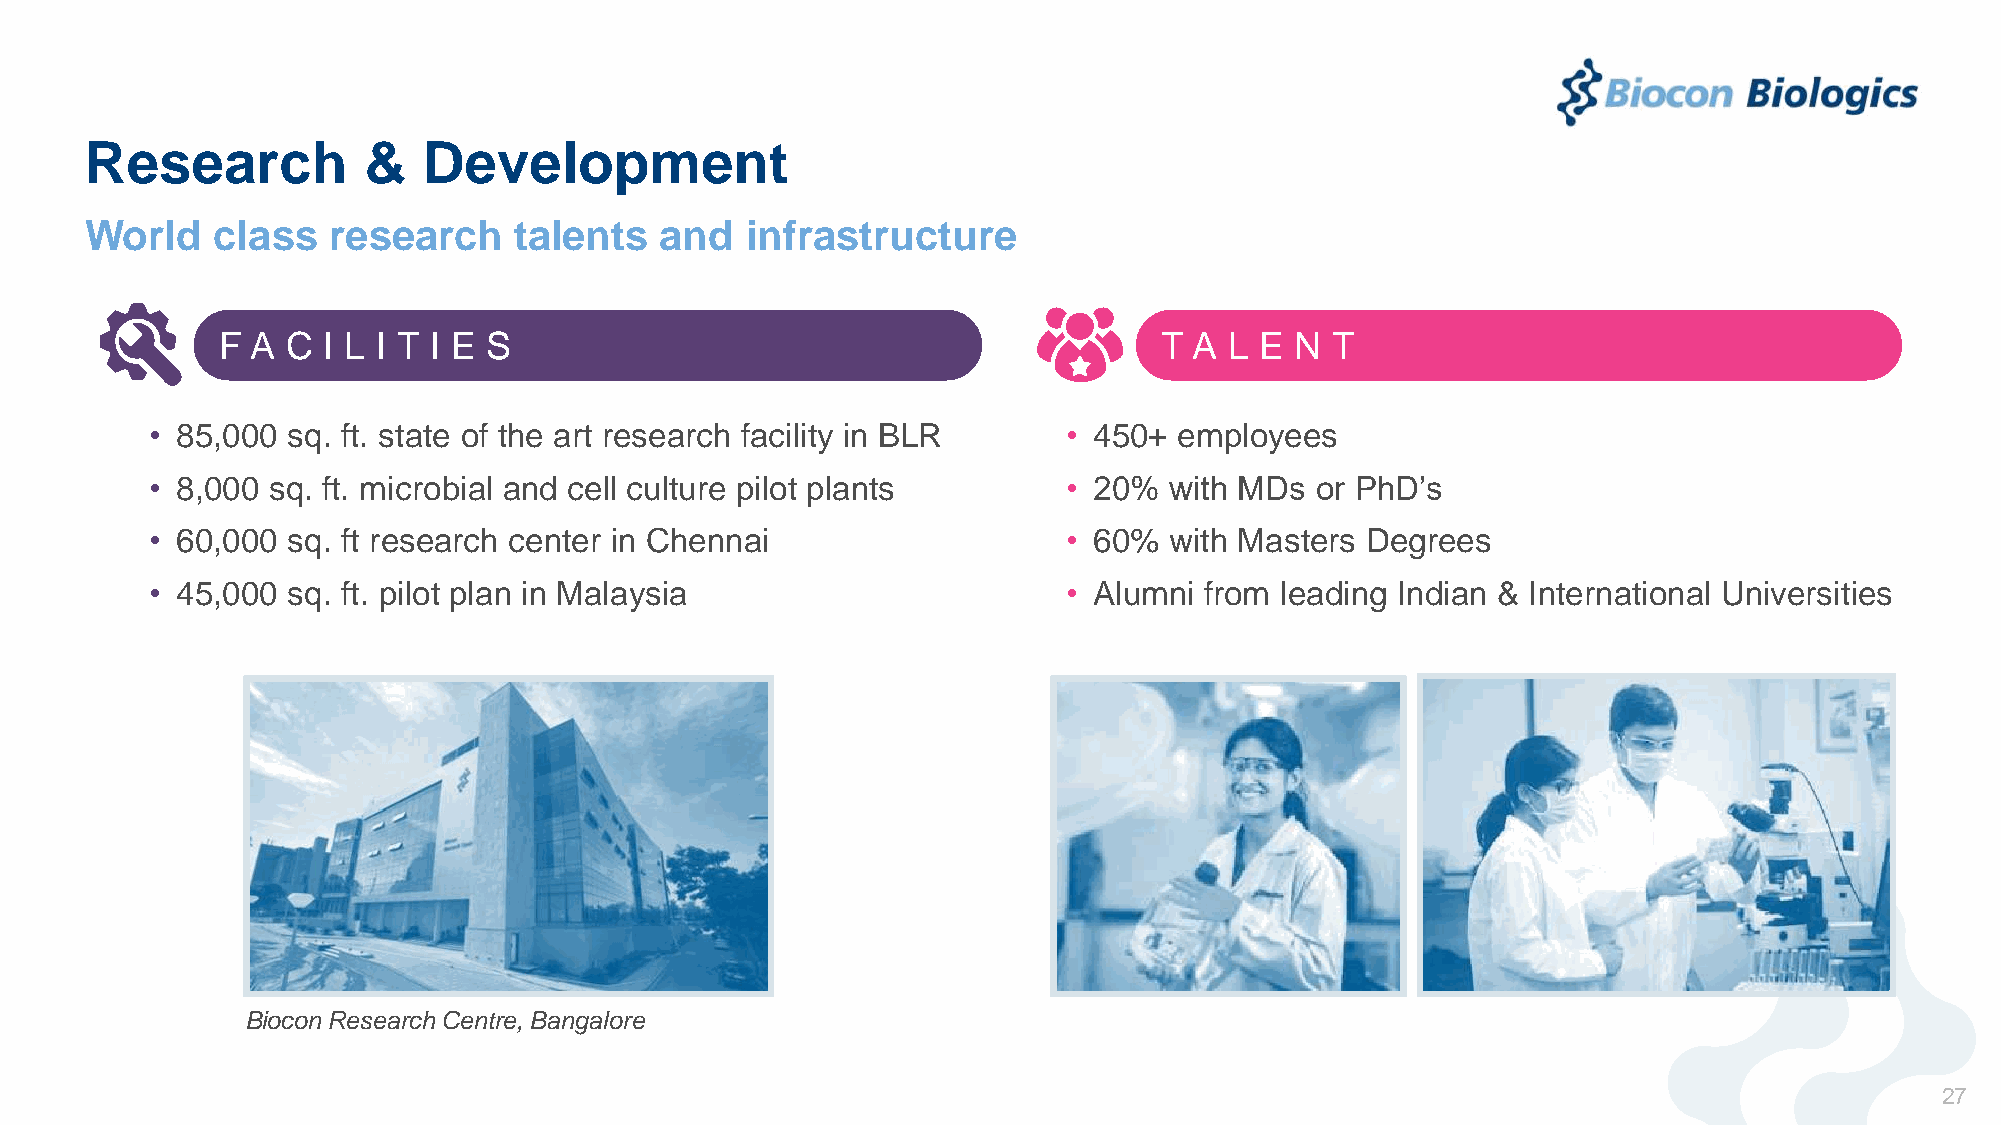
Research          &   Development
 World   class   research    talents   and  infrastructure
 F  A C I L I T I E S                                           T A L E  N T
 • 85,000 sq. ft. state of the art research facility in BLR   • 450+ employees
 • 8,000 sq. ft. microbial and cell culture pilot plants      • 20% with MDs  or PhD’s
 • 60,000 sq. ft research center in Chennai                   • 60% with Masters Degrees
 • 45,000 sq. ft. pilot plan in Malaysia                      • Alumni from leading Indian & International Universities
 Biocon Research Centre, Bangalore
 27